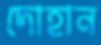
দোহান